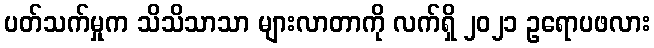
ပတ်သက်မှုက သိသိသာသာ များလာတာကို လက်ရှိ ၂၀၂၁ ဥရောပဖလား